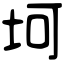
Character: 坷